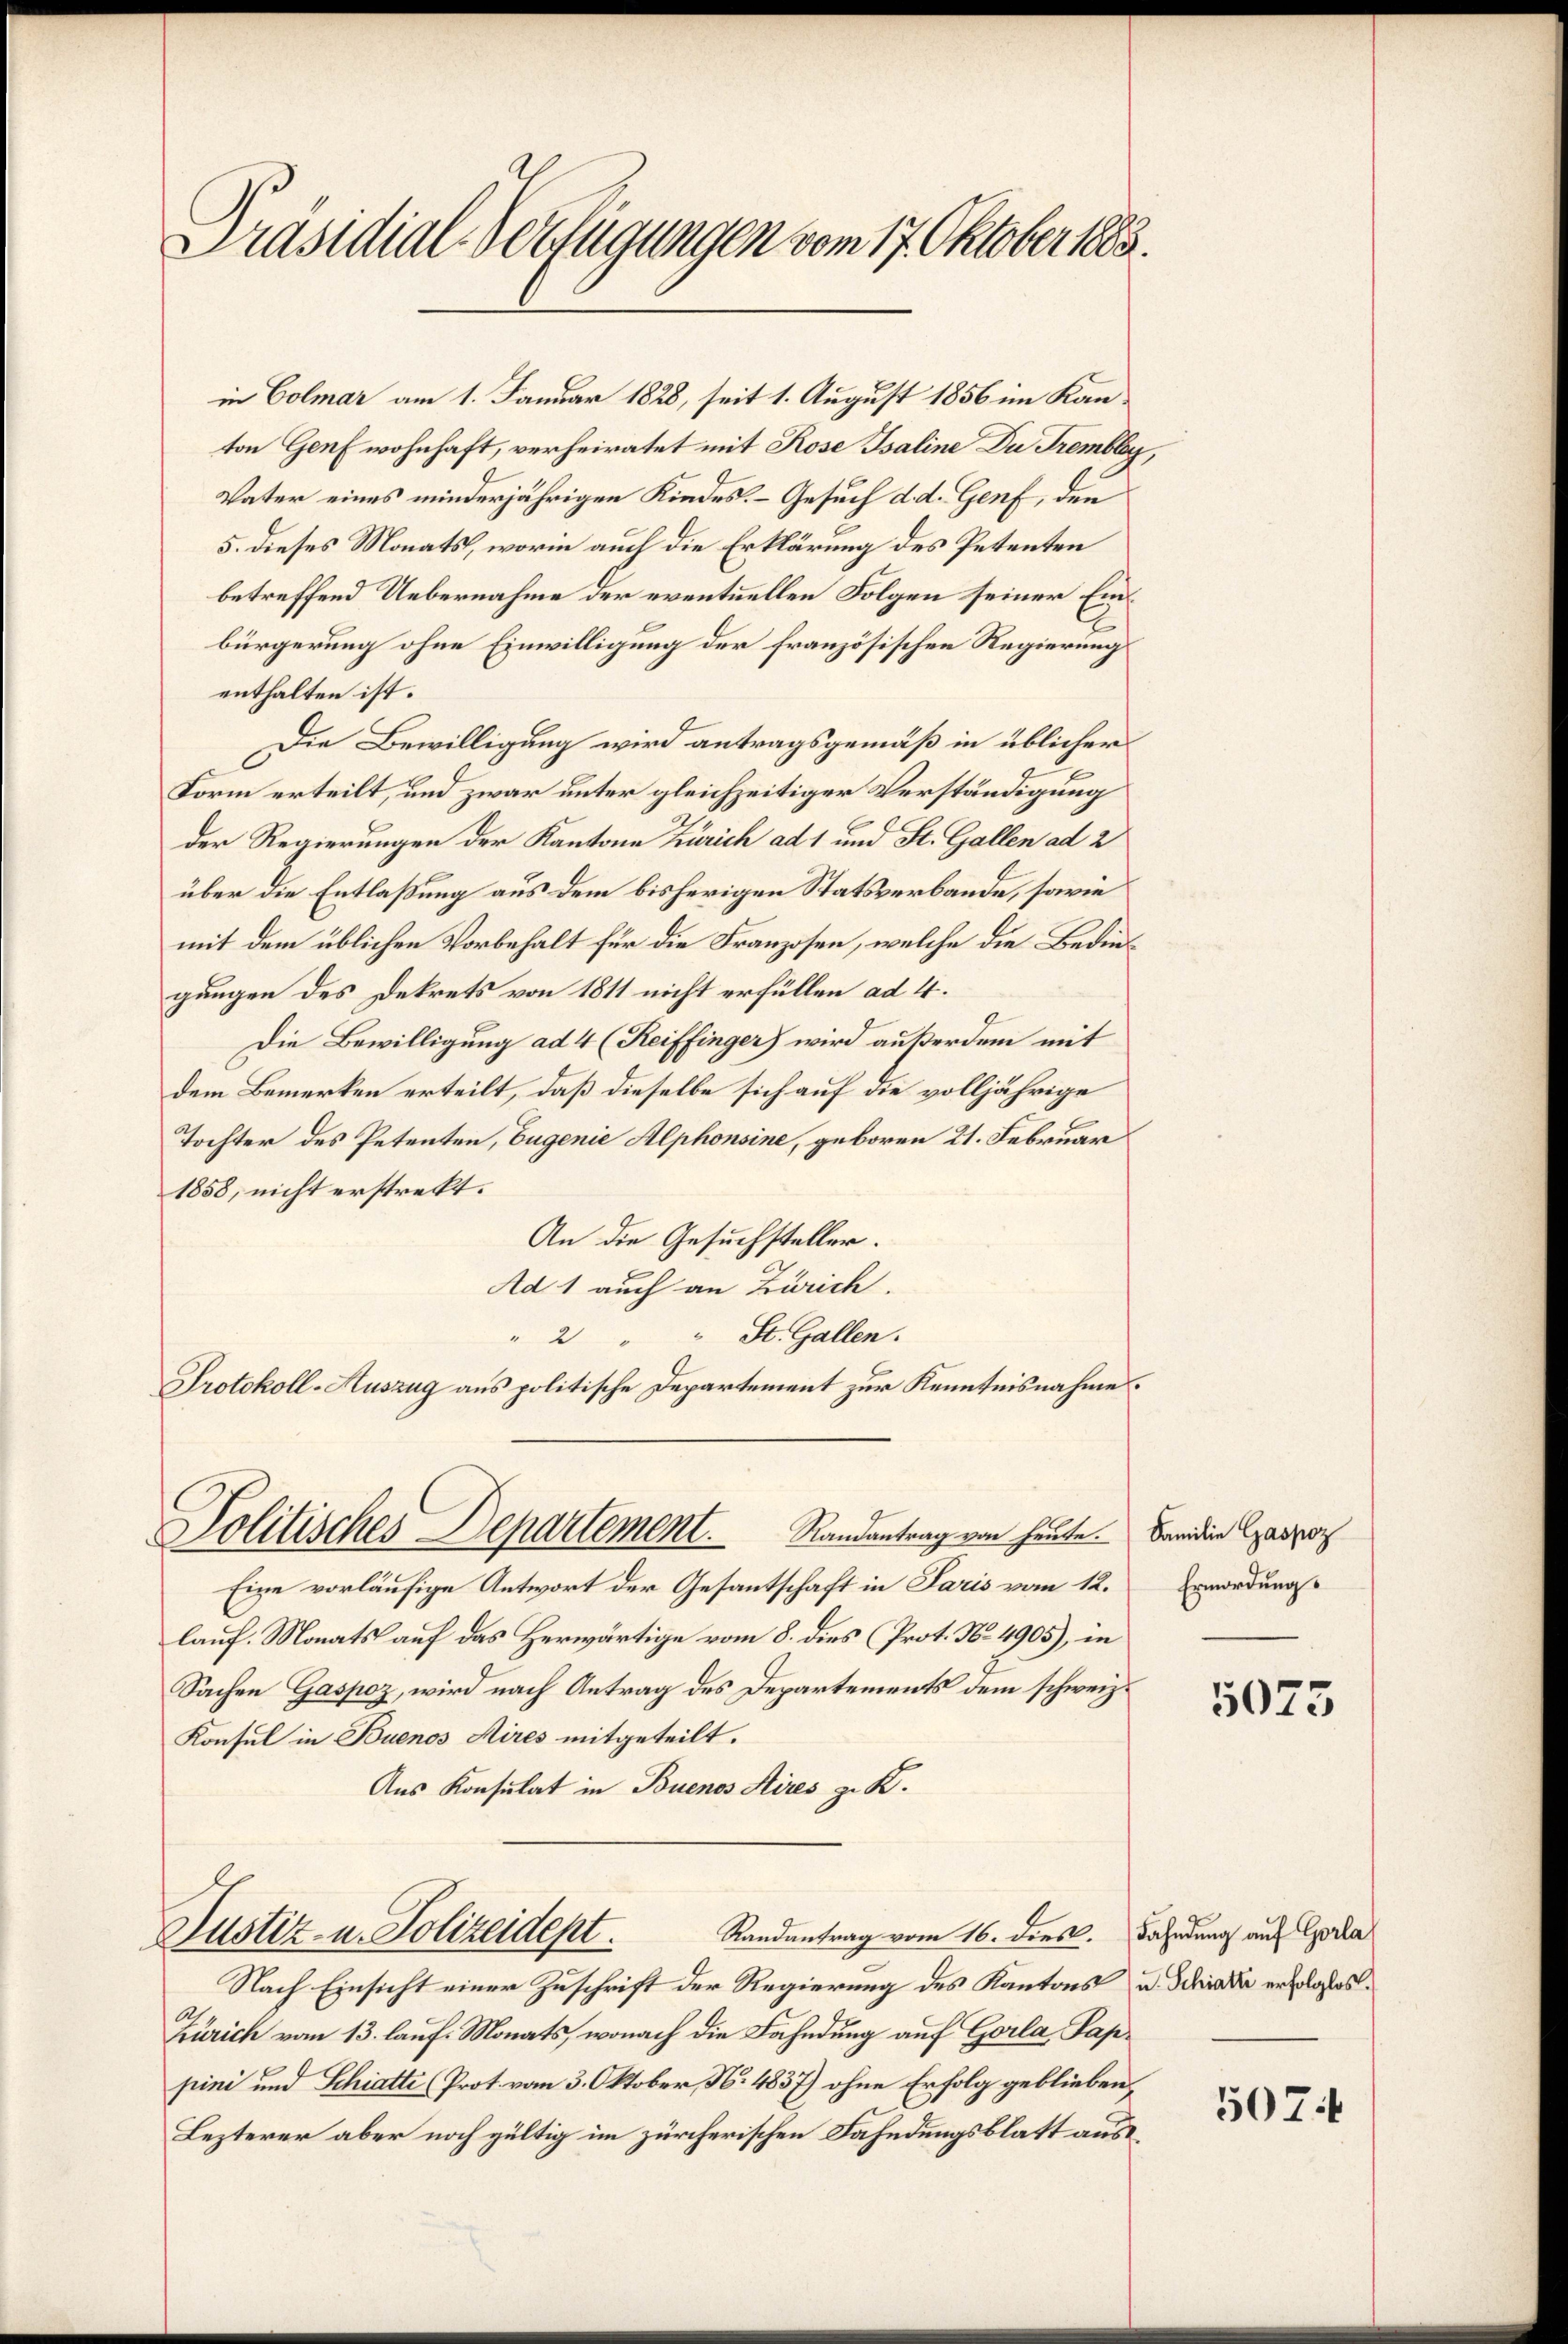
Präsidial-Verfügungen vom 17. Oktober 1883.

in Colmar am 1. Januar 1828, seit 1. August 1856 im Kanton Genf wohnhaft, verheiratet mit Rose Isaline Du Trembley,
Vater eines minderjährigen Kindes. Gesuch d. d. Genf, den
5. dieses Monats, worin auch die Erklärung des Petenten
betreffend Uebernahme der eventuellen Folgen seiner Einbürgerung ohne Einwilligung der französischen Regierung
enthalten ist.
Die Bewilligung wird antragsgemäß in üblicher
Form erteilt, und zwar unter gleichzeitiger Verständigung
der Regierungen der Kantone Zürich ad 1 und St. Gallen ad 2
über die Entlaßung aus dem bisherigen Statsverbande, sowie
mit dem üblichen Vorbehalt für die Franzosen, welche die Bedingungen des Dekrets von 1811 nicht erfüllen ad 4.
Die Bewilligung ad 4 (Reiffinger) wird außerdem mit
dem Bemerken erteilt, daß dieselbe sich auf die volljährige
Tochter des Petenten, Eugenie Alphonsine, geboren 21. Februar
1858, nicht erstrekt.
An die Gesuchsteller.
Ad 1 auch an Zürich.
" 2 " " St. Gallen.
Protokoll-Auszug aus politische Departement zur Kenntnisnahme.

Politisches Departement.         Randantrag von heute.

Eine vorläufige Antwort der Gesantschaft in Paris vom 12.
lauf. Monats auf das Herwärtige vom 8. dies (Prot. No. 4905), in
Sachen Gaspoz, wird nach Antrag des Departements dem schweiz.
Konsul in Buenos Aires mitgeteilt.
Aus Konsulat in Buenos Aires z. K.

Justiz- u. Polizeidept.              Randantrag vom 16. dies. Fahndung auf Geda

Nach Einsicht einer Zuschrift der Regierung des Kantons u. Schrade erfolglos
2
Zürich vom 13. lauf. Monats, wonach die Fahndung auf Gorla Pappini und Schiatti (Prot. vom 3. Oktober, N. 4837) ohne Erfolg geblieben,
Lezterer aber noch gültig im zürcherischen Fahndungsblatt aus

Familie Gaspoz
Ermordung.

5075

5074